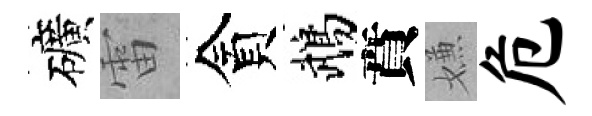
礦雷貪鵡賁嫌危